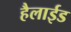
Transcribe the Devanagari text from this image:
हैलाईड